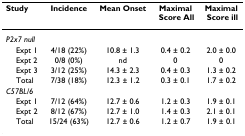
<table><thead><tr><td><b>Study</b></td><td><b>Incidence</b></td><td><b>Mean Onset</b></td><td><b>Maximal Score All</b></td><td><b>Maximal Score ill</b></td></tr></thead><tbody><tr><td><i>P2x7 null</i></td><td></td><td></td><td></td><td></td></tr><tr><td> Expt 1</td><td>4/18 (22%)</td><td>10.8 ± 1.3</td><td>0.4 ± 0.2</td><td>2.0 ± 0.0</td></tr><tr><td> Expt 2</td><td>0/8 (0%)</td><td>nd</td><td>0</td><td>0</td></tr><tr><td> Expt 3</td><td>3/12 (25%)</td><td>14.3 ± 2.3</td><td>0.4 ± 0.3</td><td>1.3 ± 0.2</td></tr><tr><td> Total</td><td>7/38 (18%)</td><td>12.3 ± 1.2</td><td>0.3 ± 0.1</td><td>1.7 ± 0.2</td></tr><tr><td><i>C57BL/6</i></td><td></td><td></td><td></td><td></td></tr><tr><td> Expt 1</td><td>7/12 (64%)</td><td>12.7 ± 0.6</td><td>1.2 ± 0.3</td><td>1.9 ± 0.1</td></tr><tr><td> Expt 2</td><td>8/12 (67%)</td><td>12.7 ± 1.0</td><td>1.4 ± 0.3</td><td>2.1 ± 0.1</td></tr><tr><td> Total</td><td>15/24 (63%)</td><td>12.7 ± 0.6</td><td>1.2 ± 0.7</td><td>1.9 ± 0.1</td></tr></tbody></table>